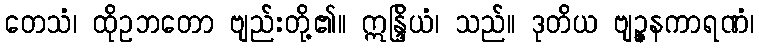
တေသံ၊ ထိုဥဘတော ဗျည်းတို့၏။ ဣန္ဒြိယံ၊ သည်။ ဒုတိယ ဗျဉ္ဇနကာရဏံ၊